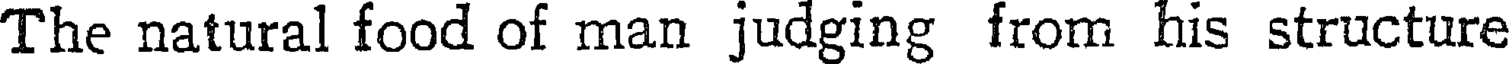
The natural food of man judging from his structure